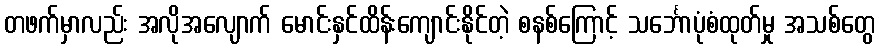
တဖက်မှာလည်း အလိုအလျောက် မောင်းနှင်ထိန်းကျောင်းနိုင်တဲ့ စနစ်ကြောင့် သင်္ဘောပုံစံထုတ်မှု အသစ်တွေ